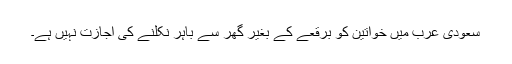
سعودی عرب میں خواتین کو برقعے کے بغیر گھر سے باہر نکلنے کی اجازت نہیں ہے۔